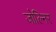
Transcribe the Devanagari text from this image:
जोल्निर